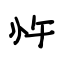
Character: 忤